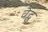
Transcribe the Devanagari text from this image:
वैद्ध